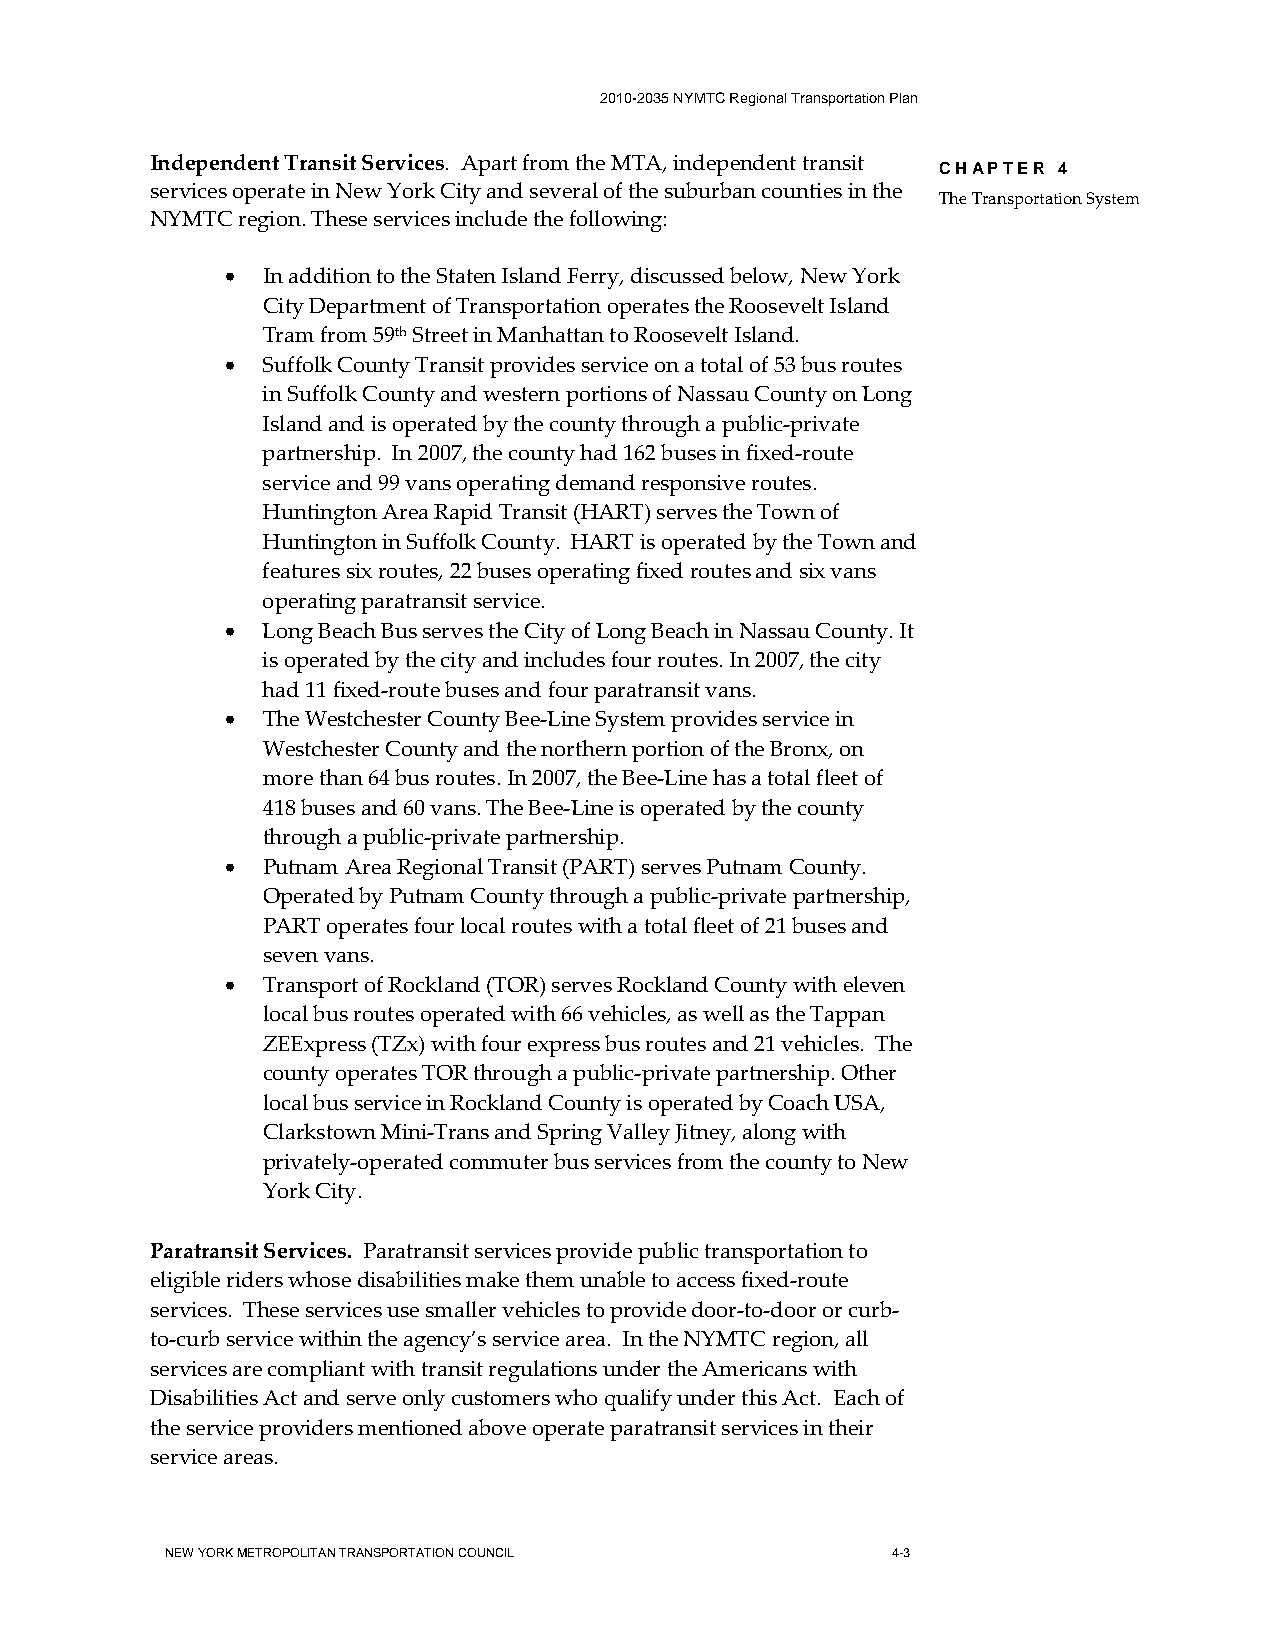
2010-2035 NYMTC Regional Transportation Plan
 Independent Transit Services. Apart from the MTA, independent transit
 CHAPTER 4
 services operate in New York City and several of the suburban counties in the
 The Transportation System
 NYMTC region. These services include the following:
 • In addition to the Staten Island Ferry, discussed below, New York
 City Department of Transportation operates the Roosevelt Island
 Tram from 59th Street in Manhattan to Roosevelt Island.
 • Suffolk County Transit provides service on a total of 53 bus routes
 in Suffolk County and western portions of Nassau County on Long
 Island and is operated by the county through a public-private
 partnership. In 2007, the county had 162 buses in fixed-route
 service and 99 vans operating demand responsive routes.
 Huntington Area Rapid Transit (HART) serves the Town of
 Huntington in Suffolk County. HART is operated by the Town and
 features six routes, 22 buses operating fixed routes and six vans
 operating paratransit service.
 • Long Beach Bus serves the City of Long Beach in Nassau County. It
 is operated by the city and includes four routes. In 2007, the city
 had 11 fixed-route buses and four paratransit vans.
 • The Westchester County Bee-Line System provides service in
 Westchester County and the northern portion of the Bronx, on
 more than 64 bus routes. In 2007, the Bee-Line has a total fleet of
 418 buses and 60 vans. The Bee-Line is operated by the county
 through a public-private partnership.
 • Putnam Area Regional Transit (PART) serves Putnam County.
 Operated by Putnam County through a public-private partnership,
 PART operates four local routes with a total fleet of 21 buses and
 seven vans.
 • Transport of Rockland (TOR) serves Rockland County with eleven
 local bus routes operated with 66 vehicles, as well as the Tappan
 ZEExpress (TZx) with four express bus routes and 21 vehicles. The
 county operates TOR through a public-private partnership. Other
 local bus service in Rockland County is operated by Coach USA,
 Clarkstown Mini-Trans and Spring Valley Jitney, along with
 privately-operated commuter bus services from the county to New
 York City.
 Paratransit Services. Paratransit services provide public transportation to
 eligible riders whose disabilities make them unable to access fixed-route
 services. These services use smaller vehicles to provide door-to-door or curb-
 to-curb service within the agency’s service area. In the NYMTC region, all
 services are compliant with transit regulations under the Americans with
 Disabilities Act and serve only customers who qualify under this Act. Each of
 the service providers mentioned above operate paratransit services in their
 service areas.
 NEW YORK METROPOLITAN TRANSPORTATION COUNCIL    4-3